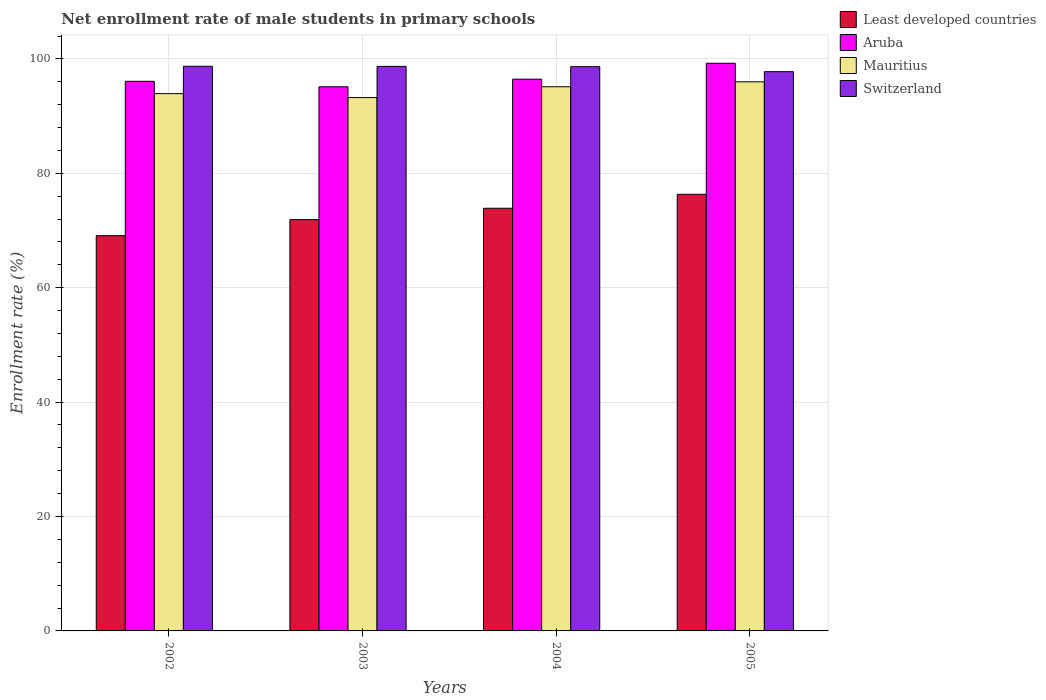
| Years | Least developed countries | Aruba | Mauritius | Switzerland |
 | --- | --- | --- | --- | --- |
 | 2002 | 69.1 | 96.1 | 93.9 | 98.7 |
 | 2003 | 71.9 | 95.1 | 93.2 | 98.7 |
 | 2004 | 73.9 | 96.5 | 95.1 | 98.6 |
 | 2005 | 76.3 | 99.2 | 96 | 97.8 |